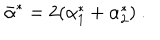
LaTeX: \bar { \alpha } ^ { * } = 2 ( \alpha _ { 1 } ^ { * } + \alpha _ { 2 } ^ { * } ) ~ .